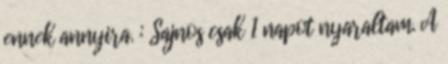
ennek annyira. : Sajnos csak 1 napot nyaraltam. A